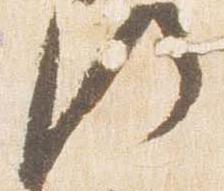
門